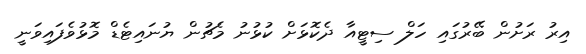
އިރު ރަށުން ބޭރުގައި ހަލް ސިޓީއާ ދެކޮޅަށް ކުޅުނު މެޗުން ޔުނައިޓެޑް މޮޅުވެފައިވަނީ